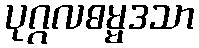
ပုဂ္ဂလဓမ္မဒသာ